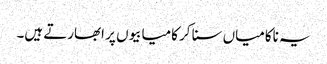
یہ ناکامیاں سنا کر کامیابیوں پر ابھارتے ہیں۔